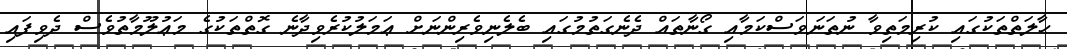
ޙާލަތްތަކުގައި ކުރިމަތިވާ ނުތަނަވަސްކަމާއި ގޯނާތައް ދެނެގަތުމުގައި ބެލެނިވެރިންނަށް ޢަމަލުކުރެވިދާނެ ގޮތްތަކުގެ މަޢުލޫމާތުވެސް ދެވިފައި